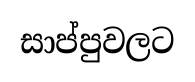
සාප්පුවලට